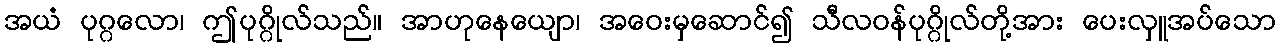
အယံ ပုဂ္ဂလော၊ ဤပုဂ္ဂိုလ်သည်။ အာဟုနေယျော၊ အဝေးမှဆောင်၍ သီလဝန်ပုဂ္ဂိုလ်တို့အား ပေးလှူအပ်သော